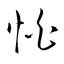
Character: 怕